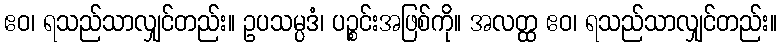
ဧဝ၊ ရသည်သာလျှင်တည်း။ ဥပသမ္ပဒံ၊ ပဉ္စင်းအဖြစ်ကို။ အလတ္ထ ဧဝ၊ ရသည်သာလျှင်တည်း။